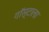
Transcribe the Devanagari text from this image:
गॉस्टाला